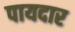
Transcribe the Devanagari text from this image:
पायदार